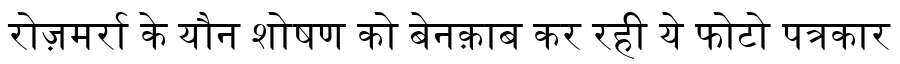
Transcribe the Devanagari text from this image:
रोज़मर्रा के यौन शोषण को बेनक़ाब कर रही ये फोटो पत्रकार